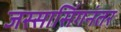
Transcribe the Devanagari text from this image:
जस्सासिंगनंतर